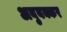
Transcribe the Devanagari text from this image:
अबुबक्कर